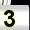
Digit: 3